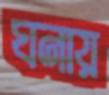
ঘনায়